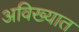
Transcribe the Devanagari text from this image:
अविख्यात